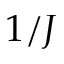
1 / J